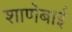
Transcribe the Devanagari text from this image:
शाणेबाई